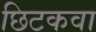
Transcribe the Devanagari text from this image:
छिटकवा